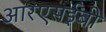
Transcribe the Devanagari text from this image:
आरएसईबी